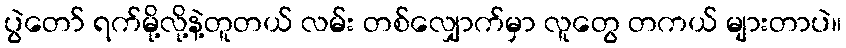
ပွဲတော် ရက်မို့လို့နဲ့တူတယ် လမ်း တစ်လျှောက်မှာ လူတွေ တကယ် များတာပဲ။